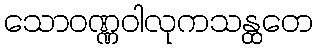
သောဝဏ္ဏဝါလုကသန္ထတေ